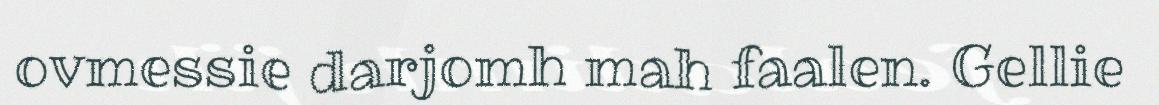
ovmessie darjomh mah faalen. Gellie